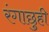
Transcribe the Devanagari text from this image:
रंगाछुही